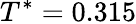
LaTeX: T^{*}=0.315